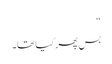
“
بس پھر کیا تھا۔